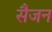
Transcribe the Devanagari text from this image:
सैजन